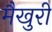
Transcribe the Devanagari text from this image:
मैखुरी